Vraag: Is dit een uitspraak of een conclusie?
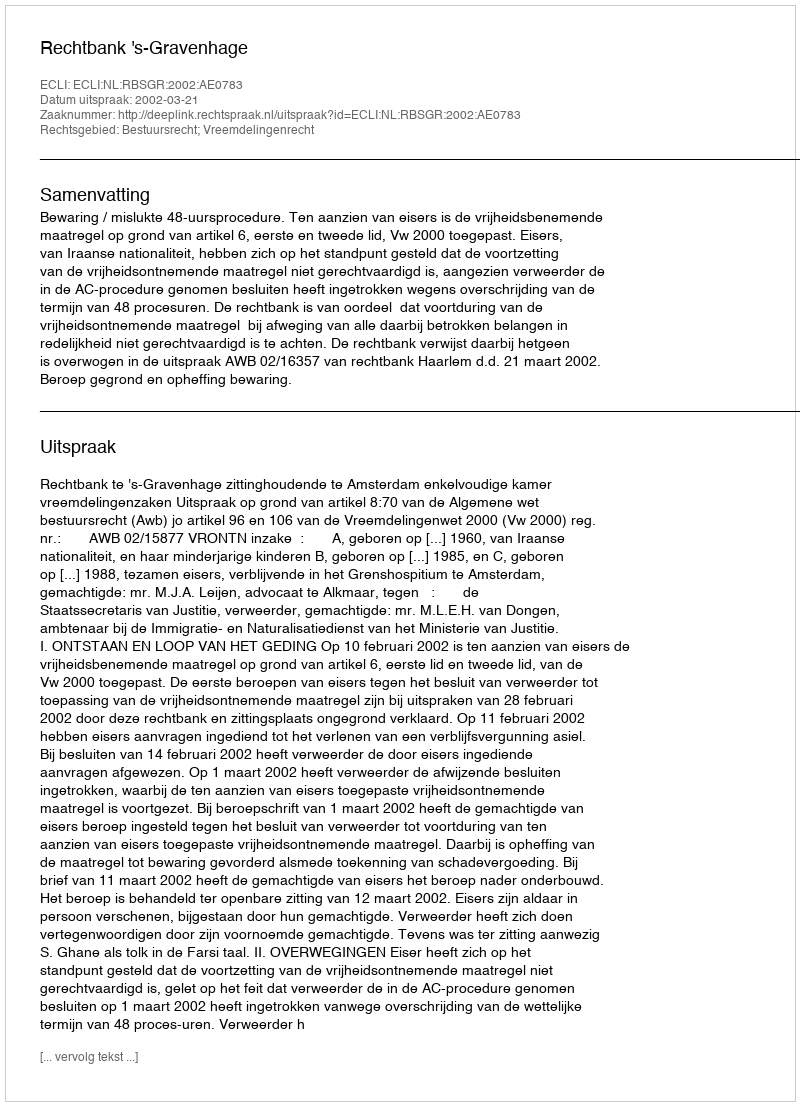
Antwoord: Uitspraak